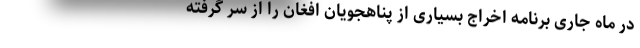
در ماه جاری برنامه اخراج بسیاری از پناهجویان افغان را از سر گرفته